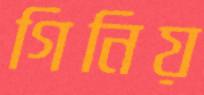
গিনিয়